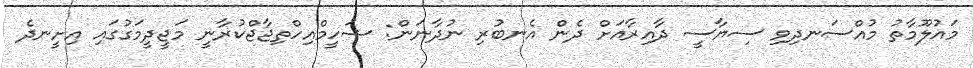
މައުލޫމާތު މުއްސަނދިވި ސިޔާސީ ދާއިރާއަށް ދެން އެނބުރި ނުދާނަން: ޝަހީމްއިހްތިޖާޖްކުރާނީ މަޖީދީމަގުގައި އިށީނދެ